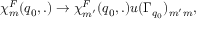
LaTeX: \chi _ { m } ^ { F } ( q _ { 0 } , . ) \rightarrow \chi _ { m ^ { \prime } } ^ { F } ( q _ { 0 } , . ) u ( \Gamma _ { q _ { 0 } } ) _ { m ^ { \prime } m } ,